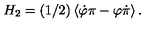
H _ { 2 } = ( 1 / 2 ) \left\langle \dot { \varphi } \pi - \varphi \dot { \pi } \right\rangle .